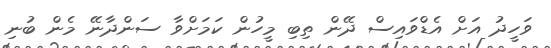
ވަހީދު އަށް އެޑްވައިސް ދޭން ތިބި މީހުން ކަމަށްވާ ސަންދާނޭ މެން ބުނި